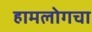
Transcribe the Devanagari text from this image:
हामलोगचा